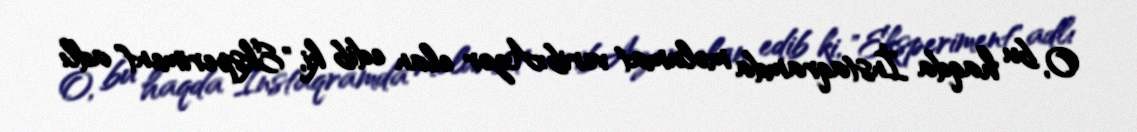
O, bu haqda İnstaqramda məlumat verib:Azər elan edib ki, "Eksperiment" adlı